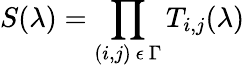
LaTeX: S(\lambda)=\prod_{(i,j)\ \epsilon\ \Gamma}T_{i,j}(\lambda)